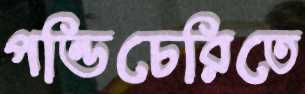
পন্ডিচেরিতে